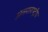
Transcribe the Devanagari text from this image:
अंतराराष्ट्रीय